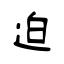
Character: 迫